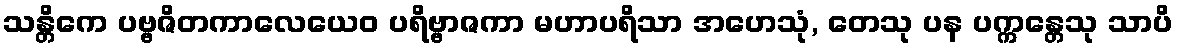
သန္တိကေ ပဗ္ဗဇိတကာလေယေဝ ပရိဗ္ဗာဇကာ မဟာပရိသာ အဟေသုံ, တေသု ပန ပက္ကန္တေသု သာပိ